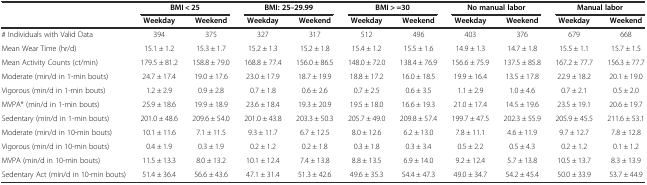
<table><thead><tr><td></td><td colspan="2"><b>BMI &lt; 25</b></td><td colspan="2"><b>BMI: 25–29.99</b></td><td colspan="2"><b>BMI &gt; =30</b></td><td colspan="2"><b>No manual labor</b></td><td colspan="2"><b>Manual labor</b></td></tr><tr><td></td><td><b>Weekday</b></td><td><b>Weekend</b></td><td><b>Weekday</b></td><td><b>Weekend</b></td><td><b>Weekday</b></td><td><b>Weekend</b></td><td><b>Weekday</b></td><td><b>Weekend</b></td><td><b>Weekday</b></td><td><b>Weekend</b></td></tr></thead><tbody><tr><td># Individuals with Valid Data</td><td>394</td><td>375</td><td>327</td><td>317</td><td>512</td><td>496</td><td>403</td><td>376</td><td>679</td><td>668</td></tr><tr><td>Mean Wear Time (hr/d)</td><td>15.1 ± 1.2</td><td>15.3 ± 1.7</td><td>15.2 ± 1.3</td><td>15.2 ± 1.8</td><td>15.4 ± 1.2</td><td>15.5 ± 1.6</td><td>14.9 ± 1.3</td><td>14.7 ± 1.8</td><td>15.5 ± 1.1</td><td>15.7 ± 1.5</td></tr><tr><td>Mean Activity Counts (ct/min)</td><td>179.5 ± 81.2</td><td>158.8 ± 79.0</td><td>168.8 ± 77.4</td><td>156.0 ± 86.5</td><td>148.0 ± 72.0</td><td>138.4 ± 76.9</td><td>156.6 ± 75.9</td><td>137.5 ± 85.8</td><td>167.2 ± 77.7</td><td>156.3 ± 77.7</td></tr><tr><td>Moderate (min/d in 1-min bouts)</td><td>24.7 ± 17.4</td><td>19.0 ± 17.6</td><td>23.0 ± 17.9</td><td>18.7 ± 19.9</td><td>18.8 ± 17.2</td><td>16.0 ± 18.5</td><td>19.9 ± 16.4</td><td>13.5 ± 17.8</td><td>22.9 ± 18.2</td><td>20.1 ± 19.0</td></tr><tr><td>Vigorous (min/d in 1-min bouts)</td><td>1.2 ± 2.9</td><td>0.9 ± 2.8</td><td>0.7 ± 1.8</td><td>0.6 ± 2.6</td><td>0.7 ± 2.5</td><td>0.6 ± 3.5</td><td>1.1 ± 2.9</td><td>1.0 ± 4.6</td><td>0.7 ± 2.1</td><td>0.5 ± 2.0</td></tr><tr><td>MVPA* (min/d in 1-min bouts)</td><td>25.9 ± 18.6</td><td>19.9 ± 18.9</td><td>23.6 ± 18.4</td><td>19.3 ± 20.9</td><td>19.5 ± 18.0</td><td>16.6 ± 19.3</td><td>21.0 ± 17.4</td><td>14.5 ± 19.6</td><td>23.5 ± 19.1</td><td>20.6 ± 19.7</td></tr><tr><td>Sedentary (min/d in 1-min bouts)</td><td>201.0 ± 48.6</td><td>209.6 ± 54.0</td><td>201.0 ± 43.8</td><td>203.3 ± 50.3</td><td>205.7 ± 49.0</td><td>209.8 ± 57.4</td><td>199.7 ± 47.5</td><td>202.3 ± 55.9</td><td>205.9 ± 45.5</td><td>211.6 ± 53.1</td></tr><tr><td>Moderate (min/d in 10-min bouts)</td><td>10.1 ± 11.6</td><td>7.1 ± 11.5</td><td>9.3 ± 11.7</td><td>6.7 ± 12.5</td><td>8.0 ± 12.6</td><td>6.2 ± 13.0</td><td>7.8 ± 11.1</td><td>4.6 ± 11.9</td><td>9.7 ± 12.7</td><td>7.8 ± 12.8</td></tr><tr><td>Vigorous (min/d in 10-min bouts)</td><td>0.4 ± 1.9</td><td>0.3 ± 1.9</td><td>0.2 ± 1.2</td><td>0.2 ± 1.8</td><td>0.3 ± 1.8</td><td>0.3 ± 3.4</td><td>0.5 ± 2.2</td><td>0.5 ± 4.3</td><td>0.2 ± 1.2</td><td>0.1 ± 1.2</td></tr><tr><td>MVPA (min/d in 10-min bouts)</td><td>11.5 ± 13.3</td><td>8.0 ± 13.2</td><td>10.1 ± 12.4</td><td>7.4 ± 13.8</td><td>8.8 ± 13.5</td><td>6.9 ± 14.0</td><td>9.2 ± 12.4</td><td>5.7 ± 13.8</td><td>10.5 ± 13.7</td><td>8.3 ± 13.9</td></tr><tr><td>Sedentary Act (min/d in 10-min bouts)</td><td>51.4 ± 36.4</td><td>56.6 ± 43.6</td><td>47.1 ± 31.4</td><td>51.3 ± 42.6</td><td>49.6 ± 35.3</td><td>54.4 ± 47.3</td><td>49.0 ± 34.7</td><td>54.2 ± 45.4</td><td>50.0 ± 33.9</td><td>53.7 ± 44.9</td></tr></tbody></table>